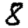
Digit: 8